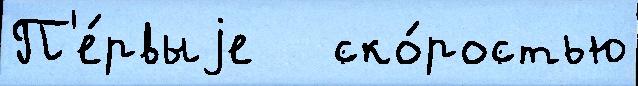
П'е́рвыjе   ско́ростью